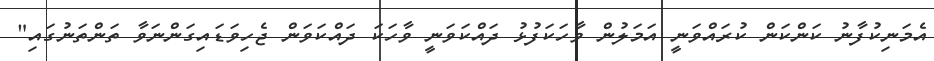
އެމަނިކުފާނު ކަންކަން ކުރައްވަނީ އަމަލުން ވާހަކަފުޅު ދައްކަވަނީ ވާހަކަ ދައްކަވަން ޖެހިވަޑައިގަންނަވާ ތަންތަނުގައި"